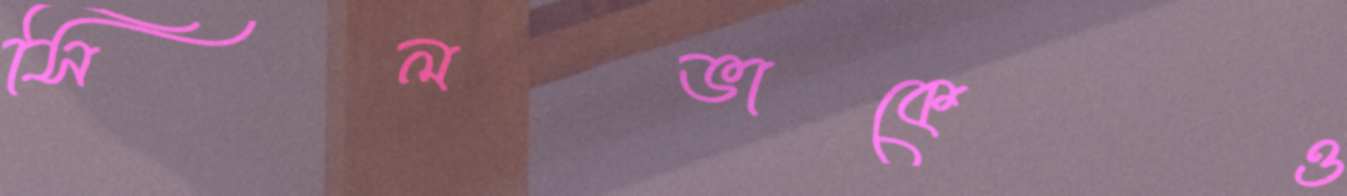
সিলভাকেও